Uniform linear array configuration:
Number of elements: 24
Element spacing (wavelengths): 1
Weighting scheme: uniform
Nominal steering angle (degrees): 60
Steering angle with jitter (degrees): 60.371
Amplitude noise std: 0.05
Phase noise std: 0.05

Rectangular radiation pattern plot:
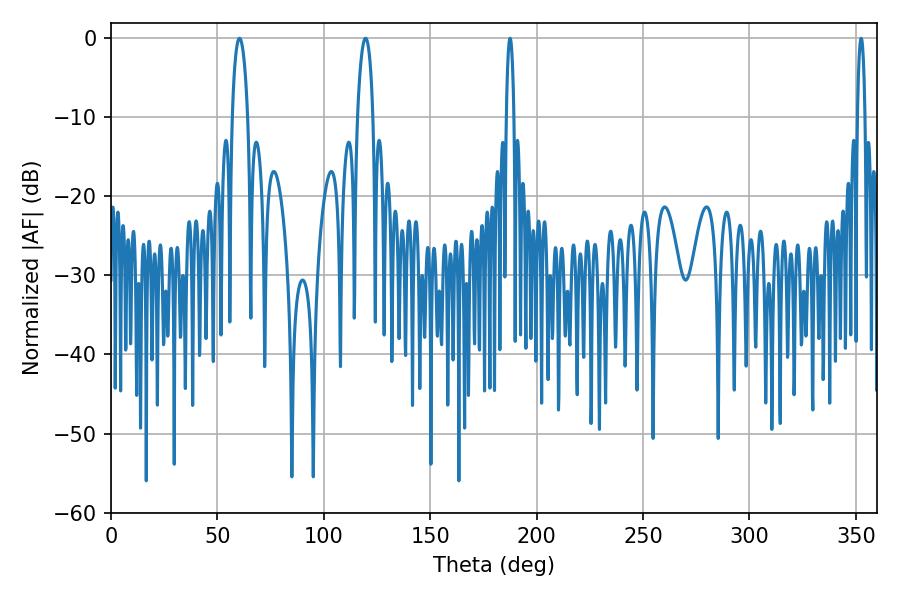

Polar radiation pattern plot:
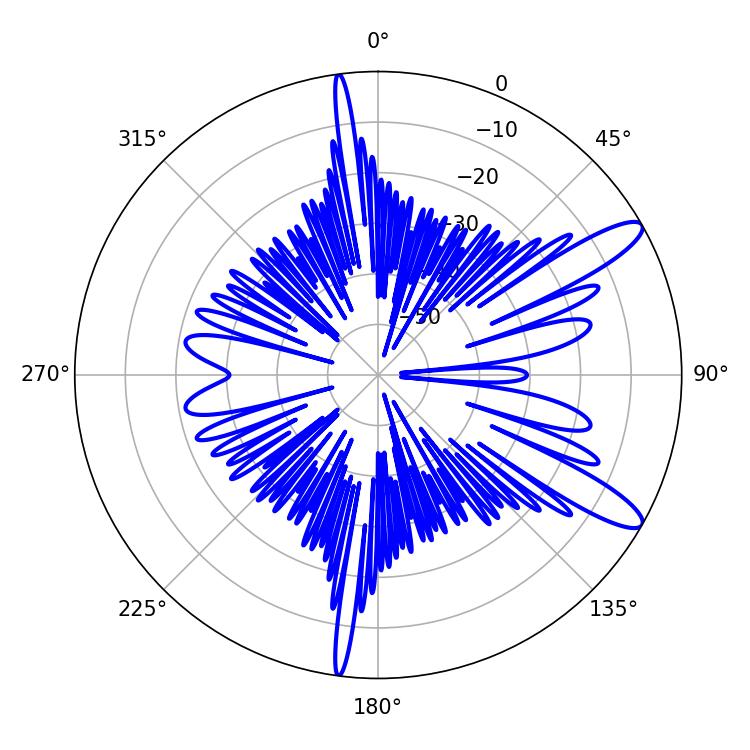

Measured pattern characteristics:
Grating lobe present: TRUE
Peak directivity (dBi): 11.796
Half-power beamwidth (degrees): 4.14
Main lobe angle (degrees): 60.3